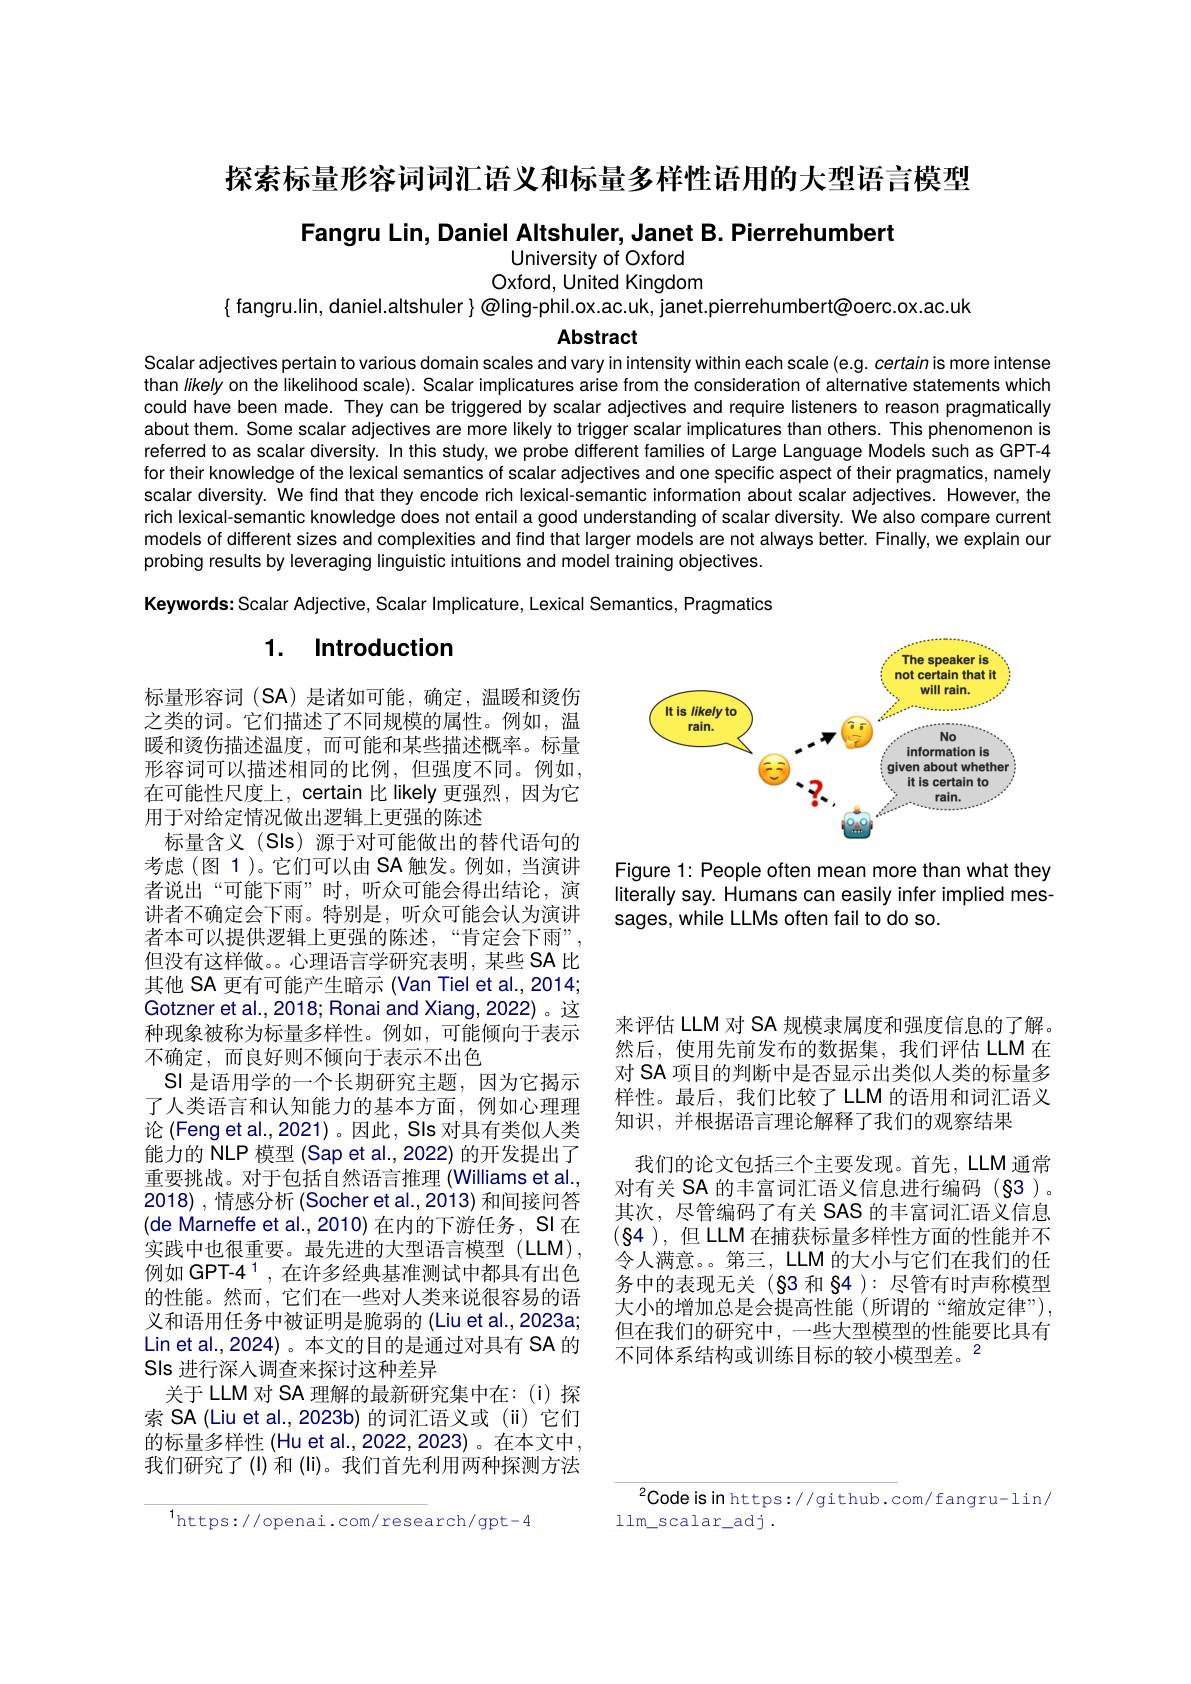
探索标量形容词词汇语义和标量多样性语用的大型语言模型

Fangru Lin, Daniel Altshuler, Janet B. Pierrehumbert

University of Oxford
Oxford, United Kingdom
$\{$ fangru.lin, daniel.altshuler } @ling-phil.ox.ac.uk, janet.pierrehumbert@oerc.ox.ac.uk
Abstract

Scalar adjectives pertain to various domain scales and vary in intensity within each scale (e.g. certain is more intense than likely on the likelihood scale). Scalar implicatures arise from the consideration of alternative statements which could have been made. They can be triggered by scalar adjectives and require listeners to reason pragmatically about them. Some scalar adjectives are more likely to trigger scalar implicatures than others. This phenomenon is referred to as scalar diversity. In this study, we probe different families of Large Language Models such as GPT-4 for their knowledge of the lexical semantics of scalar adjectives and one specific aspect of their pragmatics, namely scalar diversity. We find that they encode rich lexical-semantic information about scalar adjectives. However, the rich lexical-semantic knowledge does not entail a good understanding of scalar diversity. We also compare current models of different sizes and complexities and find that larger models are not always better. Finally, we explain our probing results by leveraging linguistic intuitions and model training objectives.

Keywords: Scalar Adjective, Scalar Implicature, Lexical Semantics, Pragmatics

# 1. Introduction

<FigureHere>

Figure 1: People often mean more than what they literally say. Humans can easily infer implied messages, while LLMs often fail to do so.

标量形容词(SA)是诸如可能，确定，温暖和烫伤之类的词。它们描述了不同规模的属性。例如，温暖和烫伤描述温度，而可能和某些描述概率。标量形容词可以描述相同的比例，但强度不同。例如， 在可能性尺度上，certain 比 likely 更强烈，因为它用于对给定情况做出逻辑上更强的陈述
标量含义(SIs)源于对可能做出的替代语句的考虑(图 1)。它们可以由 SA 触发。例如，当演讲者说出“可能下雨”时，听众可能会得出结论，演讲者不确定会下雨。特别是，听众可能会认为演讲者本可以提供逻辑上更强的陈述，“肯定会下雨”, 但没有这样做。。心理语言学研究表明，某些 SA 比其他 SA 更有可能产生暗示 (Van Tiel et al., 2014; Gotzner et al., 2018; Ronai and Xiang, 2022) 。这种现象被称为标量多样性。例如，可能倾向于表示不确定，而良好则不倾向于表示不出色
SI 是语用学的一个长期研究主题，因为它揭示了人类语言和认知能力的基本方面，例如心理理论 (Feng et al., 2021)。因此，SIs 对具有类似人类能力的 NLP 模型 (Sap et al.,2022) 的开发提出了重要挑战。对于包括自然语言推理 (Williams et al., 2018) ,情感分析 (Socher et al.,2013) 和间接问答(de Marneffe et al., 2010) 在内的下游任务，SI 在实践中也很重要。最先进的大型语言模型(LLM), 例如 GPT-4 1 , 在许多经典基准测试中都具有出色的性能。然而，它们在一些对人类来说很容易的语义和语用任务中被证明是脆弱的 (Liu et al.,2023a; Lin et al.,2024)。本文的目的是通过对具有 SA 的Sls 进行深人调查来探讨这种差异
关于 LLM 对 SA 理解的最新研究集中在：(i)探索 SA (Liu et al., 2023b) 的词汇语义或 (ii) 它们的标量多样性 (Hu et al., 2022, 2023) 。在本文中， 我们研究了(I)和(li)。我们首先利用两种探测方法

来评估 LLM 对 SA 规模隶属度和强度信息的了解。然后，使用先前发布的数据集，我们评估 LLM 在对 SA 项目的判断中是否显示出类似人类的标量多样性。最后，我们比较了 LLM 的语用和词汇语义知识，并根据语言理论解释了我们的观察结果
我们的论文包括三个主要发现。首先，LLM 通常对有关 SA 的丰富词汇语义信息进行编码(§3)。其次，尽管编码了有关 SAS 的丰富词汇语义信息$(\S4),但LLM$在捕获标量多样性方面的性能并不令人满意。。第三，LLM 的大小与它们在我们的任务中的表现无关(§3 和84 ):尽管有时声称模型大小的增加总是会提高性能 (所谓的“缩放定律”), 但在我们的研究中，一些大型模型的性能要比具有不同体系结构或训练目标的较小模型差。$^{2}$

$^{2}$Code is in https://github.com/fangru-lin/
llm$\_$scalar$\_$adj.

$^{1}$https://openai.com/research/gpt-4